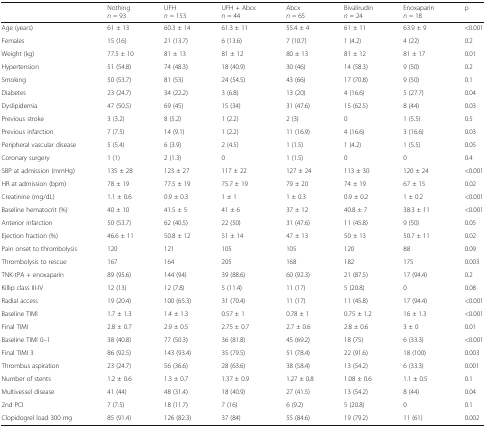
<table><thead><tr><td></td><td><b>Nothing<i>n</i> = 93</b></td><td><b>UFH<i>n</i> = 153</b></td><td><b>UFH + Abcx<i>n</i> = 44</b></td><td><b>Abcx<i>n</i> = 65</b></td><td><b>Bivalirudin<i>n</i> = 24</b></td><td><b>Enoxaparin<i>n</i> = 18</b></td><td><b>p</b></td></tr></thead><tbody><tr><td>Age (years)</td><td>61 ± 13</td><td>60.3 ± 14</td><td>61.3 ± 11</td><td>55.4 ± 4</td><td>61 ± 11</td><td>63.9 ± 9</td><td>&lt;0.001</td></tr><tr><td>Females</td><td>15 (16)</td><td>21 (13.7)</td><td>6 (13.6)</td><td>7 (10.7)</td><td>1 (4.2)</td><td>4 (22)</td><td>0.2</td></tr><tr><td>Weight (kg)</td><td>77.5 ± 10</td><td>81 ± 13</td><td>81 ± 12</td><td>80 ± 13</td><td>81 ± 12</td><td>81 ± 17</td><td>0.01</td></tr><tr><td>Hypertension</td><td>51 (54.8)</td><td>74 (48.3)</td><td>18 (40.9)</td><td>30 (46)</td><td>14 (58.3)</td><td>9 (50)</td><td>0.2</td></tr><tr><td>Smoking</td><td>50 (53.7)</td><td>81 (53)</td><td>24 (54.5)</td><td>43 (66)</td><td>17 (70.8)</td><td>9 (50)</td><td>0.1</td></tr><tr><td>Diabetes</td><td>23 (24.7)</td><td>34 (22.2)</td><td>3 (6.8)</td><td>13 (20)</td><td>4 (16.6)</td><td>5 (27.7)</td><td>0.04</td></tr><tr><td>Dyslipidemia</td><td>47 (50.5)</td><td>69 (45)</td><td>15 (34)</td><td>31 (47.6)</td><td>15 (62.5)</td><td>8 (44)</td><td>0.03</td></tr><tr><td>Previous stroke</td><td>3 (3.2)</td><td>8 (5.2)</td><td>1 (2.2)</td><td>2 (3)</td><td>0</td><td>1 (5.5)</td><td>0.5</td></tr><tr><td>Previous infarction</td><td>7 (7.5)</td><td>14 (9.1)</td><td>1 (2.2)</td><td>11 (16.9)</td><td>4 (16.6)</td><td>3 (16.6)</td><td>0.03</td></tr><tr><td>Peripheral vascular disease</td><td>5 (5.4)</td><td>6 (3.9)</td><td>2 (4.5)</td><td>1 (1.5)</td><td>1 (4.2)</td><td>1 (5.5)</td><td>0.05</td></tr><tr><td>Coronary surgery</td><td>1 (1)</td><td>2 (1.3)</td><td>0</td><td>1 (1.5)</td><td>0</td><td>0</td><td>0.4</td></tr><tr><td>SBP at admission (mmHg)</td><td>135 ± 28</td><td>123 ± 27</td><td>117 ± 22</td><td>127 ± 24</td><td>113 ± 30</td><td>120 ± 24</td><td>&lt;0.001</td></tr><tr><td>HR at admission (bpm)</td><td>78 ± 19</td><td>77.5 ± 19</td><td>75.7 ± 19</td><td>79 ± 20</td><td>74 ± 19</td><td>67 ± 15</td><td>0.02</td></tr><tr><td>Creatinine (mg/dL)</td><td>1.1 ± 0.6</td><td>0.9 ± 0.3</td><td>1 ± 1</td><td>1 ± 0.3</td><td>0.9 ± 0.2</td><td>1 ± 0.2</td><td>&lt;0.001</td></tr><tr><td>Baseline hematocrit (%)</td><td>40 ± 10</td><td>41.5 ± 5</td><td>41 ± 6</td><td>37 ± 12</td><td>40.8 ± 7</td><td>38.3 ± 11</td><td>&lt;0.001</td></tr><tr><td>Anterior infarction</td><td>50 (53.7)</td><td>62 (40.5)</td><td>22 (50)</td><td>31 (47.6)</td><td>11 (45.8)</td><td>9 (50)</td><td>0.05</td></tr><tr><td>Ejection fraction (%)</td><td>46.6 ± 11</td><td>50.8 ± 12</td><td>51 ± 14</td><td>47 ± 13</td><td>50 ± 13</td><td>50.7 ± 11</td><td>0.02</td></tr><tr><td>Pain onset to thrombolysis</td><td>120</td><td>121</td><td>105</td><td>105</td><td>120</td><td>88</td><td>0.09</td></tr><tr><td>Thrombolysis to rescue</td><td>167</td><td>164</td><td>205</td><td>168</td><td>182</td><td>175</td><td>0.003</td></tr><tr><td>TNK-tPA + enoxaparin</td><td>89 (95.6)</td><td>144 (94)</td><td>39 (88.6)</td><td>60 (92.3)</td><td>21 (87.5)</td><td>17 (94.4)</td><td>0.2</td></tr><tr><td>Killip class III-IV</td><td>12 (13)</td><td>12 (7.8)</td><td>5 (11.4)</td><td>11 (17)</td><td>5 (20.8)</td><td>0</td><td>0.08</td></tr><tr><td>Radial access</td><td>19 (20.4)</td><td>100 (65.3)</td><td>31 (70.4)</td><td>11 (17)</td><td>11 (45.8)</td><td>17 (94.4)</td><td>&lt;0.001</td></tr><tr><td>Baseline TIMI</td><td>1.7 ± 1.3</td><td>1.4 ± 1.3</td><td>0.57 ± 1</td><td>0.78 ± 1</td><td>0.75 ± 1.2</td><td>16 ± 1.3</td><td>&lt;0.001</td></tr><tr><td>Final TIMI</td><td>2.8 ± 0.7</td><td>2.9 ± 0.5</td><td>2.75 ± 0.7</td><td>2.7 ± 0.6</td><td>2.8 ± 0.6</td><td>3 ± 0</td><td>0.01</td></tr><tr><td>Baseline TIMI 0–1</td><td>38 (40.8)</td><td>77 (50.3)</td><td>36 (81.8)</td><td>45 (69.2)</td><td>18 (75)</td><td>6 (33.3)</td><td>&lt;0.001</td></tr><tr><td>Final TIMI 3</td><td>86 (92.5)</td><td>143 (93.4)</td><td>35 (79.5)</td><td>51 (78.4)</td><td>22 (91.6)</td><td>18 (100)</td><td>0.003</td></tr><tr><td>Thrombus aspiration</td><td>23 (24.7)</td><td>56 (36.6)</td><td>28 (63.6)</td><td>38 (58.4)</td><td>13 (54.2)</td><td>6 (33.3)</td><td>0.001</td></tr><tr><td>Number of stents</td><td>1.2 ± 0.6</td><td>1.3 ± 0.7</td><td>1.37 ± 0.9</td><td>1.27 ± 0.8</td><td>1.08 ± 0.6</td><td>1.1 ± 0.5</td><td>0.1</td></tr><tr><td>Multivessel disease</td><td>41 (44)</td><td>48 (31.4)</td><td>18 (40.9)</td><td>27 (41.5)</td><td>13 (54.2)</td><td>8 (44)</td><td>0.04</td></tr><tr><td>2nd PCI</td><td>7 (7.5)</td><td>18 (11.7)</td><td>7 (16)</td><td>6 (9.2)</td><td>5 (20.8)</td><td>0</td><td>0.1</td></tr><tr><td>Clopidogrel load 300 mg</td><td>85 (91.4)</td><td>126 (82.3)</td><td>37 (84)</td><td>55 (84.6)</td><td>19 (79.2)</td><td>11 (61)</td><td>0.002</td></tr></tbody></table>